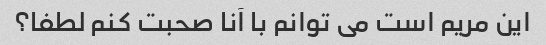
این مریم است می توانم با آنا صحبت کنم لطفا؟